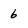
Character: 6